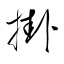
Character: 掛